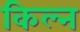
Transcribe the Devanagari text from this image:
किल्न